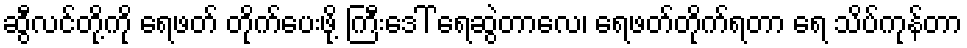
ဆွီလင်တို့ကို ရေဖတ် တိုက်ပေးဖို့ ကြီးဒေါ် ရေဆွဲတာလေ၊ ရေဖတ်တိုက်ရတာ ရေ သိပ်ကုန်တာ